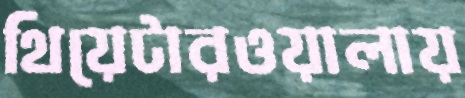
থিয়েটারওয়ালায়